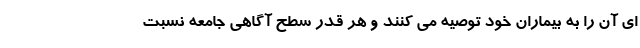
ای آن را به بیماران خود توصیه می کنند و هر قدر سطح آگاهی جامعه نسبت